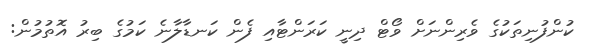
ކުންފުނިތަކުގެ ވެރިންނަށް ވޯޓް ދިނީ ކަރަންޓާއި ފެން ކަނޑާލާނެ ކަމުގެ ބިރު އޮތުމުން: